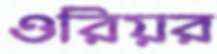
ওরিয়র